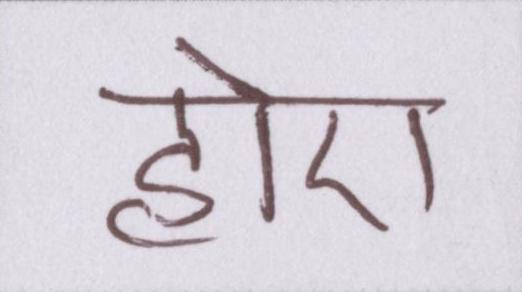
होए